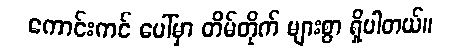
ကောင်းကင် ပေါ်မှာ တိမ်တိုက် များစွာ ရှိပါတယ်။